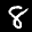
Label: 8